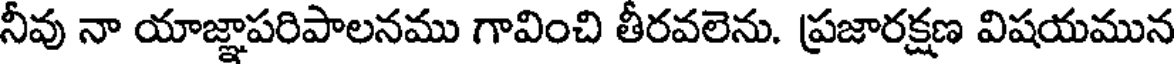
నీవు నా యాజ్ఞాపరిపాలనము గావించి తీరవలెను. ప్రజారక్షణ విషయమున